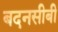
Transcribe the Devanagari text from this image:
बदनसीबी